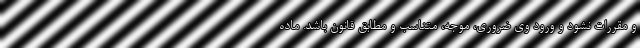
و مقررات نشود و ورود وی ضروری، موجه، متناسب و مطابق قانون باشد. ماده